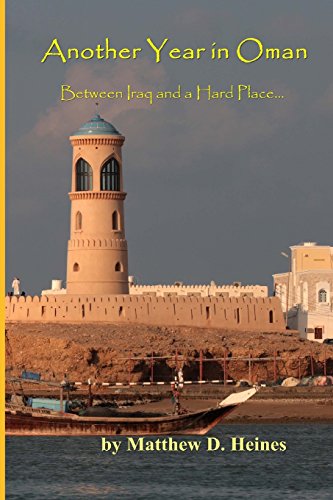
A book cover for Another Year in Oman: Between Iraq and a Hard Place...; Matthew D. Heines; Travel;